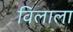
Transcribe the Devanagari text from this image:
विलाला